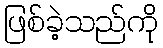
ဖြစ်ခဲ့သည်ကို